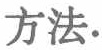
方法.